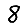
Digit: 8